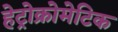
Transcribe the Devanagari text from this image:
हेट्रोक्रोमेटिक